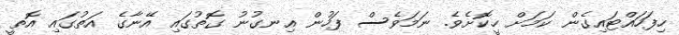
ހިފަހައްޓައިގެން ކަމަށް ހީކޮށެވެ. ނަމަވެސް ފަހުން އިނގުނު ގޮތުގައި އޭނާގެ އަތުގައި އޮތީ